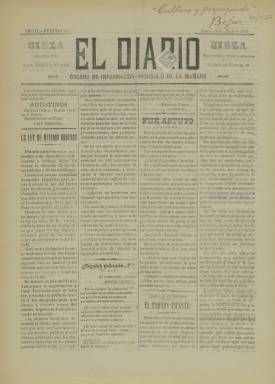
Título: El Diario (Cieza)
Colección: Periódicos
Ámbito geográfico: Murcia
Lugar de publicación: Cieza [Murcia]
Fechas: 06/04/1911-06/04/1911